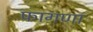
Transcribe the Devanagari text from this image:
फागणा